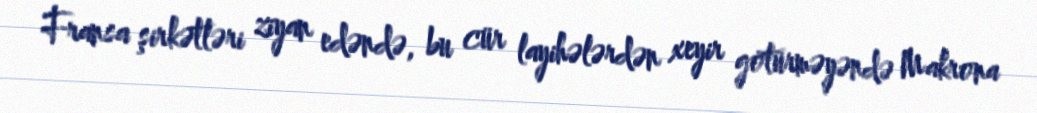
Fransa şirkətləri ziyan edəndə, bu cür layihələrdən xeyir götürməyəndə Makrona